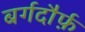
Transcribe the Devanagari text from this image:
बर्गदौर्फ़